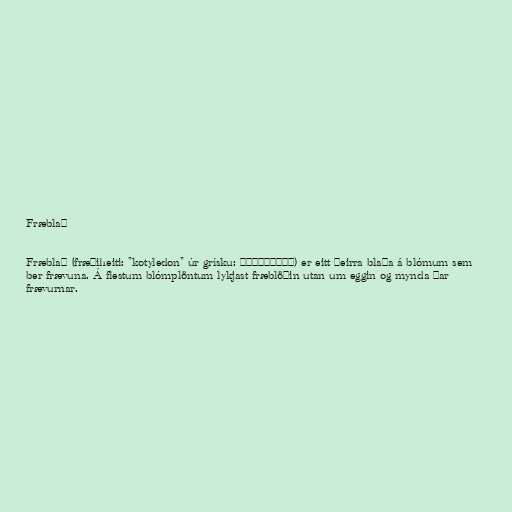
Fræblað

Fræblað (fræðiheiti: "kotyledon" úr grísku: κοτυληδών) er eitt þeirra blaða á blómum sem
ber frævuna. Á flestum blómplöntum lykjast fræblöðin utan um eggin og mynda þar
frævurnar.